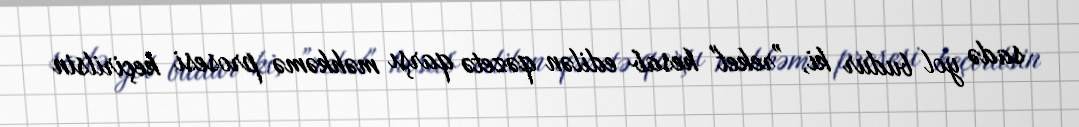
sadə yol budur ki, ”reket" hesab edilən qəzetə qarşı məhkəmə prosesi keçirilsin